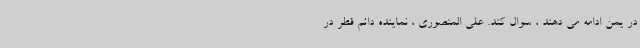
در یمن ادامه می دهند ، سوال کند. علی المنصوری ، نماینده دائم قطر در